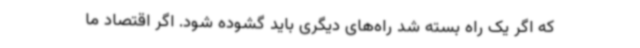
که اگر یک راه بسته شد راه‌های دیگری باید گشوده شود. اگر اقتصاد ما